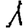
Digit: 1